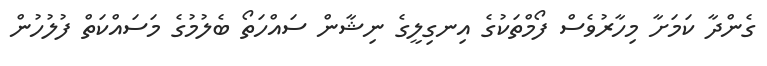
ގެންދާ ކަމަށާ މިހާރުވެސް ފޯމްތަކުގެ އިނގިލީގެ ނިޝާން ސައްހަތޯ ބެލުމުގެ މަސައްކަތް ފުލުހުން